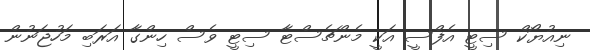
ނިއުޔޯކް ސިޓީ އެފްސީ އަކީ މެންޗެސްޓާ ސިޓީ ވެސް ހިންގާ އަރަބި މަހުޖަނުން